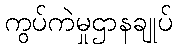
ကွပ်ကဲမှုဌာနချုပ်